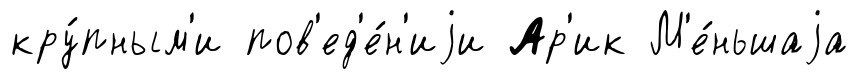
кру́пным'и пов'ед'е́н'иjи Ар'ик М'е́ньшаjа